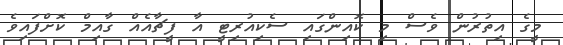
މީގެ އިތުރުން ވެސް މި ކޮއިންގައި ސެކިއުރިޓީ އާ ފީޗާއެއް ގާއިމް ކޮށްފައިވެ